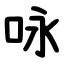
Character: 咏